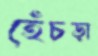
হেঁচড়া